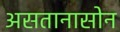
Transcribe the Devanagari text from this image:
असतानासोन